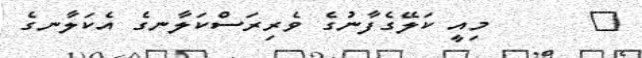
٢      މިއީ ކަލޭގެފާނުގެ ވެރިރަސްކަލާނގެ އެކަލާނގެ